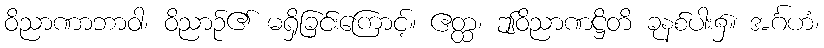
ဝိညာဏာဘာဝါ၊ ဝိညာဉ်၏ မရှိခြင်းကြောင့်။ ဧတ္ထ၊ ဤဝိညာဏဋ္ဌိတိ ခုနစ်ပါး၌။ အင်္ဂဟံ၊